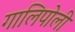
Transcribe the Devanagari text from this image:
गालिपोली